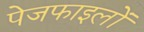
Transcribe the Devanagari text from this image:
पेजफाइलों